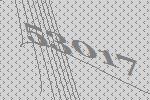
53017